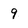
Character: 9